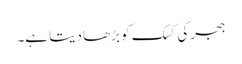
ہجرکی کسک کو بڑھا دیتا ہے۔